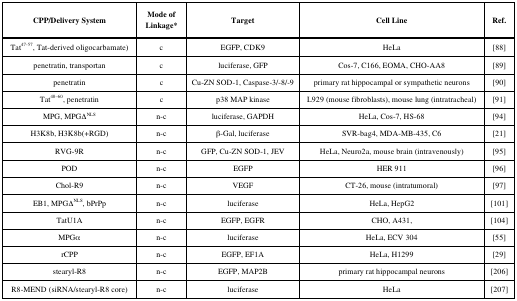
| CPP/Delivery System | Mode of Linkage* | Target | Cell Line | Ref. |
 | --- | --- | --- | --- | --- |
 | Tat47-57, Tat-derived oligocarbamate) | c | EGFP, CDK9 | HeLa | [88] |
 | penetratin, transportan | c | luciferase, GFP | Cos-7, C166, EOMA, CHO-AA8 | [89] |
 | penetratin | c | Cu-ZN SOD-1, Caspase-3/-8/-9 | primary rat hippocampal or sympathetic neurons | [90] |
 | Tat48–60, penetratin | c | p38 MAP kinase | L929 (mouse fibroblasts), mouse lung (intratracheal) | [91] |
 | MPG, MPGΔNLS | n-c | luciferase, GAPDH | HeLa, Cos-7, HS-68 | [94] |
 | H3K8b, H3K8b(+RGD) | n-c | β-Gal, luciferase | SVR-bag4, MDA-MB-435, C6 | [21] |
 | RVG-9R | n-c | GFP, Cu-ZN SOD-1, JEV | HeLa, Neuro2a, mouse brain (intravenously) | [95] |
 | POD | n-c | EGFP | HER 911 | [96] |
 | Chol-R9 | n-c | VEGF | CT-26, mouse (intratumoral) | [97] |
 | EB1, MPGΔNLS,bPrPp | n-c | luciferase | HeLa, HepG2 | [101] |
 | TatU1A | n-c | EGFP, EGFR | CHO, A431, | [104] |
 | MPGα | n-c | luciferase | HeLa, ECV 304 | [55] |
 | rCPP | n-c | EGFP, EF1A | HeLa, H1299 | [29] |
 | stearyl-R8 | n-c | EGFP, MAP2B | primary rat hippocampal neurons | [206] |
 | R8-MEND (siRNA/stearyl-R8 core) | n-c | luciferase | HeLa | [207] |